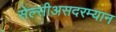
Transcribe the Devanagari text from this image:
सेल्सीअसदरम्यान